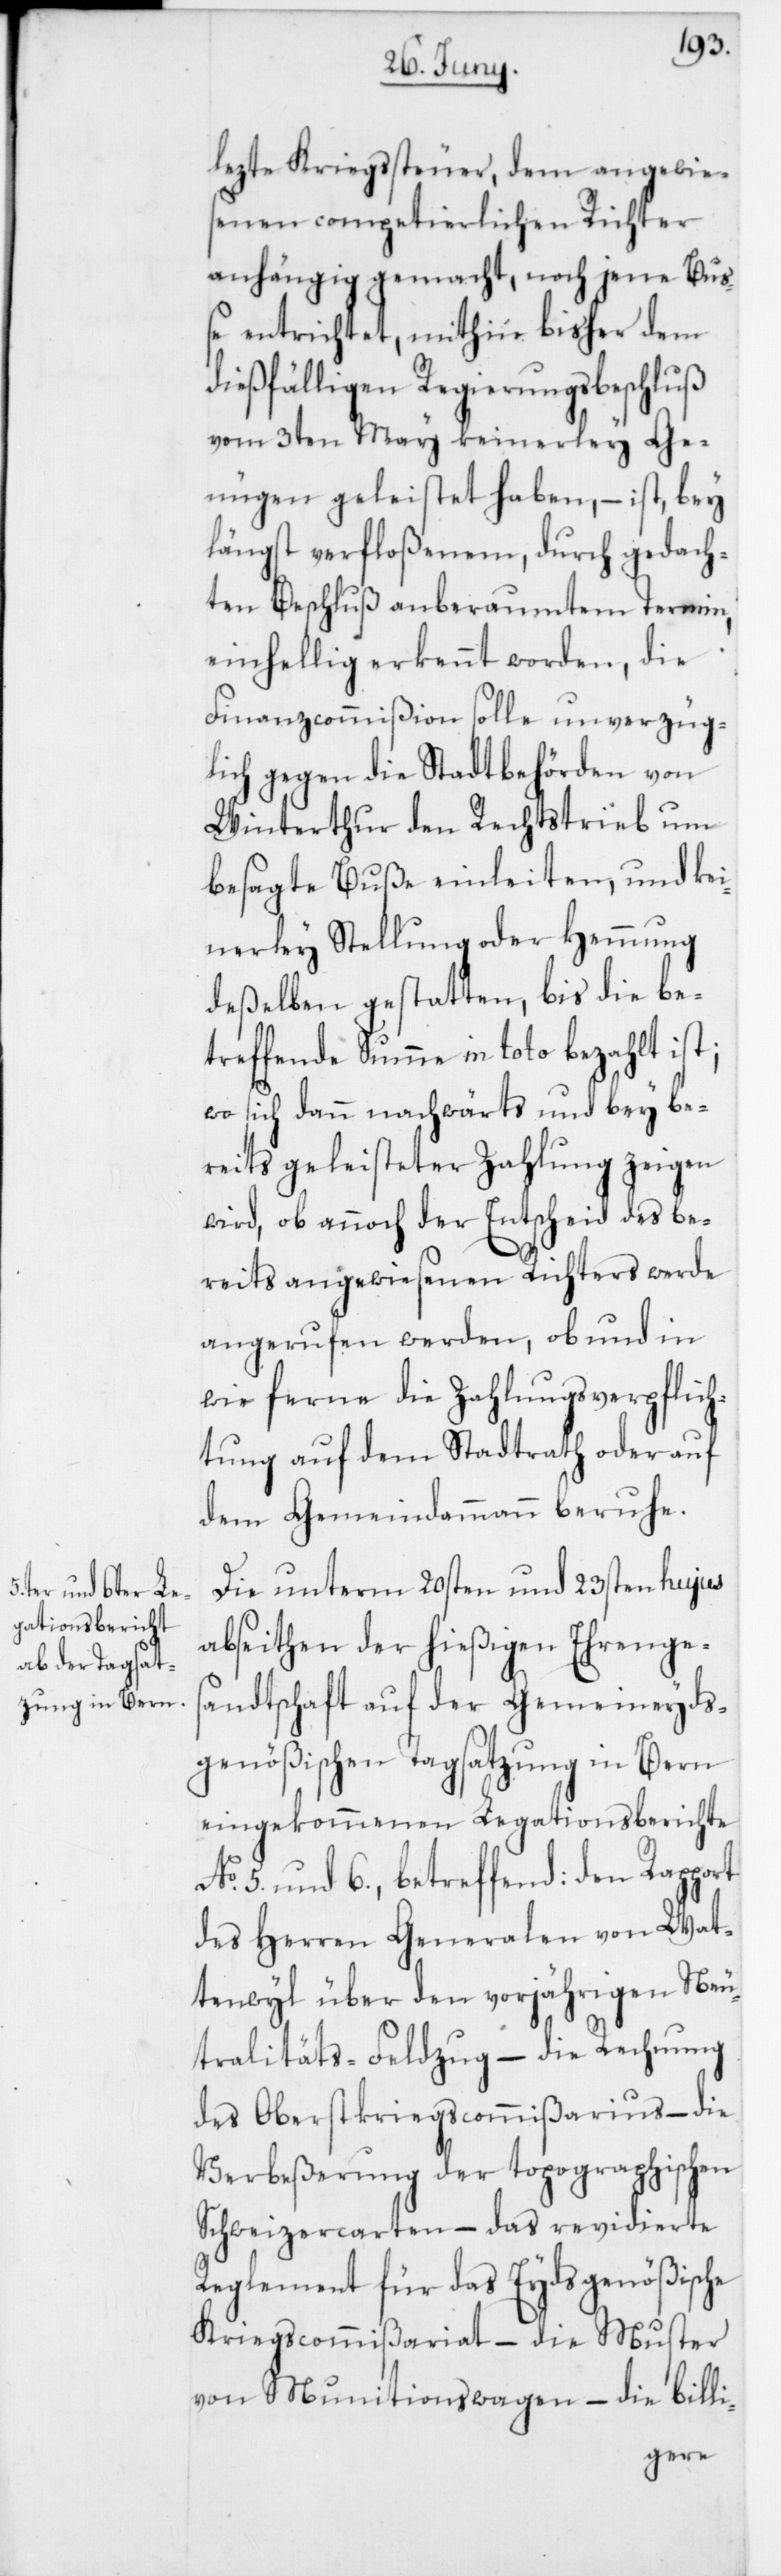
lezte Kriegssteuer, dem angewie¬
senen competierlichen Richter
anhängig gemacht, noch jene Buß¬
e entrichtet, mithin bisher dem
dießfälligen Regierungsbeschluß
vom 3ten May keinerley Ge¬
nügen geleistet haben, – ist, bey
längst verfloßenem, durch gedach¬
ten Beschluß anberaumten Termin,
einhellig erkennt worden, die
Finanzcommißion solle unverzüg¬
lich gegen die Stadtbehörden von
Winterthur den Rechtstrieb um
besagte Buße einleiten, und kei¬
nerley Stellung oder Hemmung
deßelben gestatten, bis die be¬
treffende Summe in toto bezahlt ist;
wo sich dann nachwärts und bey be¬
reits geleisteter Zahlung zeigen
wird, ob annoch der Entscheid des be¬
reits angewiesenen Richters werde
angerufen werden, ob und in
wie ferne die Zahlungsverpflich¬
tung auf dem Stadtrath oder auf
dem Gemeindammann beruhe.
Die unterm 20sten und 23sten hujus
abseithen der hießigen Ehrenges¬
andtschaft auf der Gemeineyds¬
genößischen Tagsatzung in Bern
eingekommenen Legationsberichte
No 5. und 6., betreffend: den Rapport
des Herren Generalen von Wat¬
tenwyl über den vorjährigen Neu¬
tralitäts-Feldzug – die Rechnung
des Oberstkriegscommißarius – die
Verbeßerung der topographischen
Schweizercarten – das revidierte
Reglement für das Eydsgenößische
Kriegscommißariat – die Muster
von Munitionswagen – die billi-